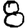
Digit: 8